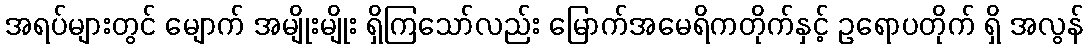
အရပ်များတွင် မျောက် အမျိုးမျိုး ရှိကြသော်လည်း မြောက်အမေရိကတိုက်နှင့် ဥရောပတိုက် ရှိ အလွန်